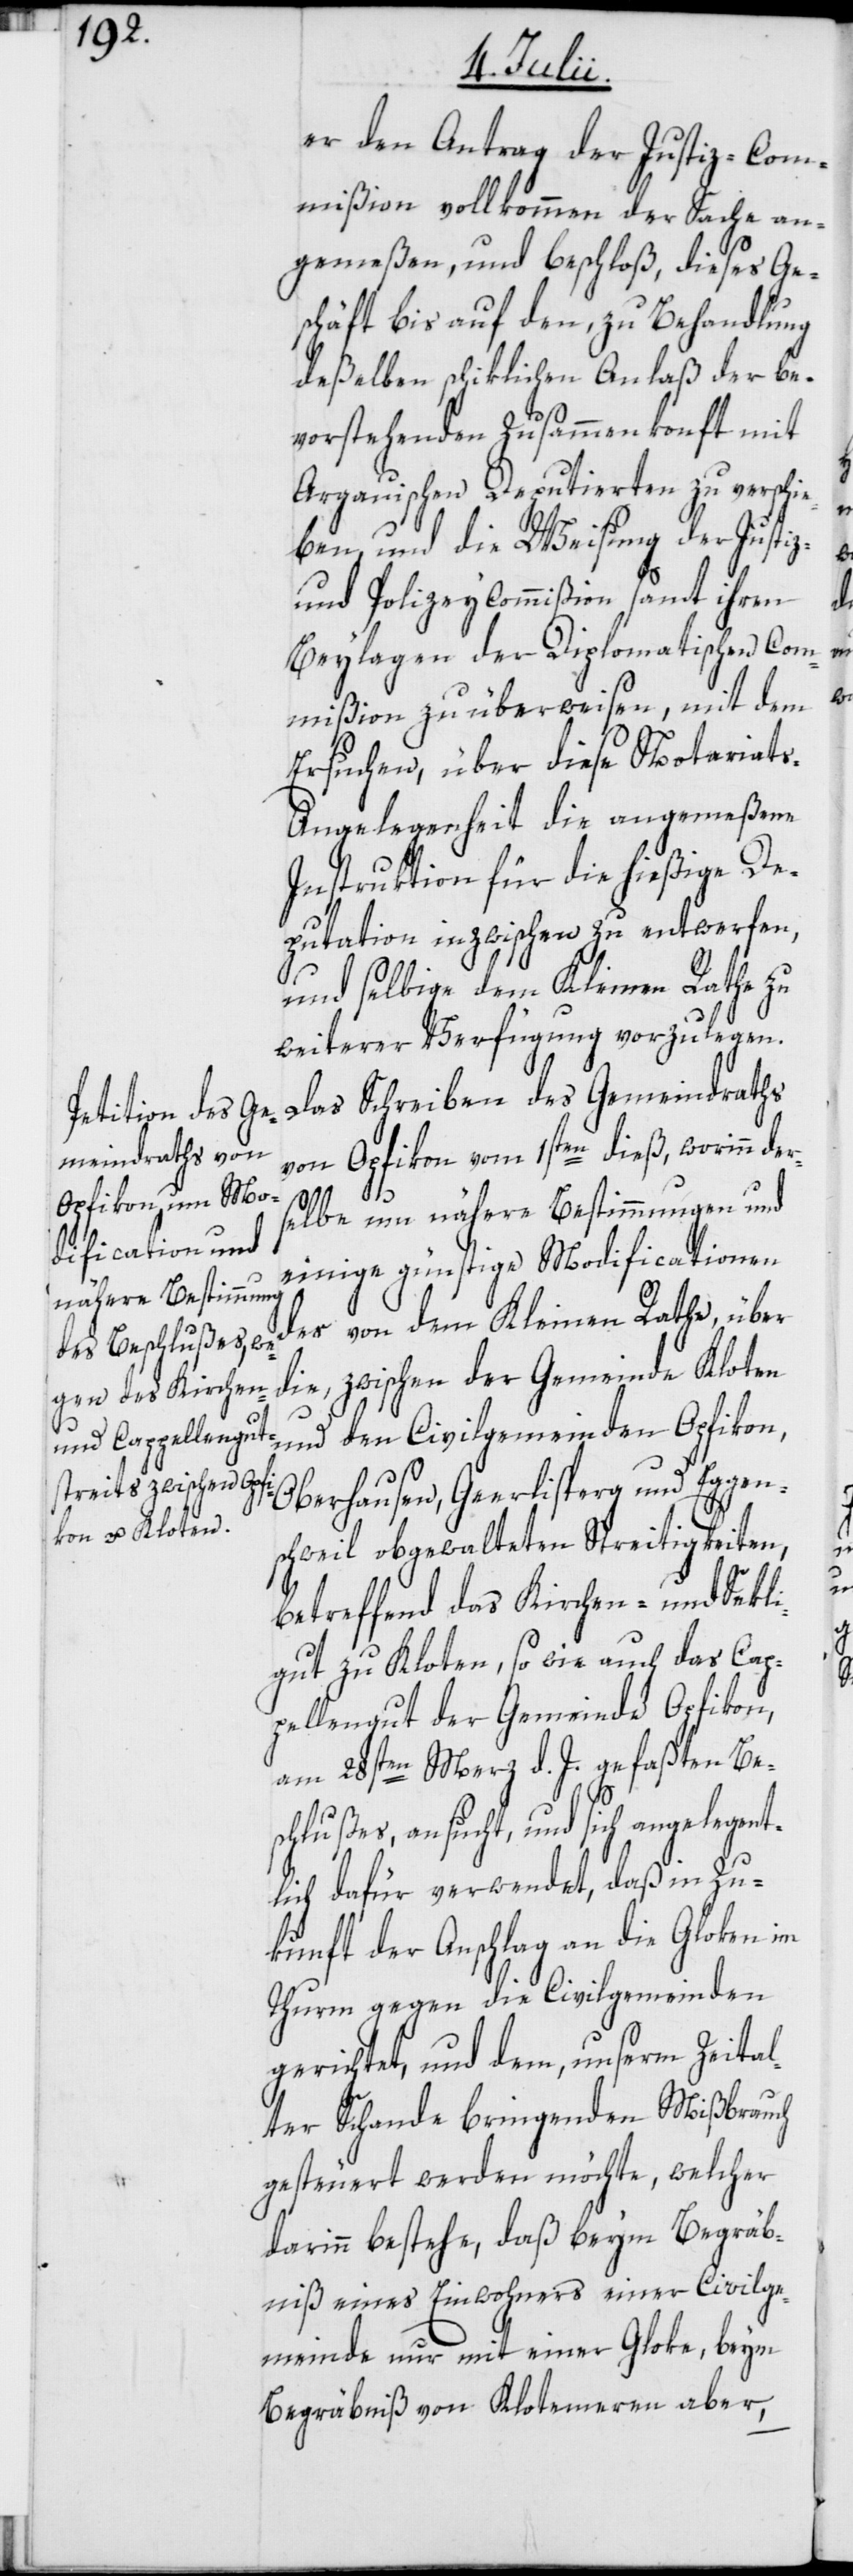
er den Antrag der Justiz-Com¬
mißion vollkommen der Sache an¬
gemeßen, und beschloß, dieses Ge¬
schäft bis auf den, zu Behandlung
deßelben schiklichen Anlaß der be¬
vorstehenden Zusammenkonft mit
Argauischen Deputierten zu verschi¬
eben, und die Weisung der Justiz-
und Polizeycommißion samt ihren
Beylagen der Diplomatischen Com¬
mißion zu überweisen, mit dem
Ersuchen, über diese Notariat¬
s-Angelegenheit die angemeßene
Instruktion für die hießige De¬
putation inzwischen zu entwerfen,
und selbige dem Kleinen Rathe zu
weiterer Verfügung vorzulegen.
Das Schreiben des Gemeindraths
von Opfikon vom 1sten dieß, worinn der¬
selbe um nähere Bestimmungen und
einige günstige Modificationen
des von dem Kleinen Rathe, über
die, zwischen der Gemeinde Kloten
Oberhausen, Geerlisperg und Eggen¬
schweil obgewalteten Streitigkeiten,
betreffend das Kirchen- und Sekli¬
gut zu Kloten, so wie auch das Cap¬
pellengut der Gemeinde Opfikon,
am 28sten Merz d. J. gefaßten Be¬
schlußes, ansucht, und sich angelegent¬
lich dafür verwendet, daß in Zu¬
kunft der Anschlag an die Gloken im
Thurm gegen die Civilgemeinden
gerichtet, und dem, unserm Zeital¬
ter Schande bringenden Mißbrauch
gesteuert werden möchte, welcher
darinn bestehe, daß beym Begräb¬
niß eines Einwohners einer Civilge¬
meinde nur mit einer Gloke, beym
Begräbniß von Klotemeren aber,